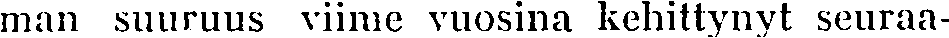
man suuruus viime vuosina kehittynyt seuraa-